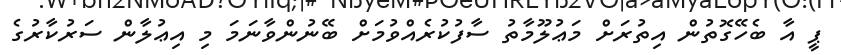
ޕީ އާ ބެހޭގޮތުން އިތުރަށް މަޢުލޫމާތު ސާފުކުރެއްވުމަށް ބޭނުންވާނަމަ މި އިޢުލާން ސަރުކާރުގެ